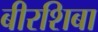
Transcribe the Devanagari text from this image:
बीरशिबा